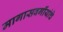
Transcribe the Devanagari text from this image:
मागासवर्गीयांचे